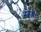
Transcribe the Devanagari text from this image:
मे॥